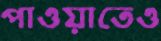
পাওয়াতেও